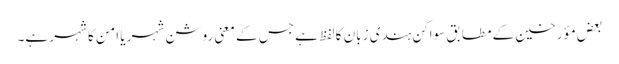
بعض مؤرخین کے مطابق سواکن ہندی زبان کا لفظ ہے جس کے معنی روشن شہر یا امن کا شہر ہے۔